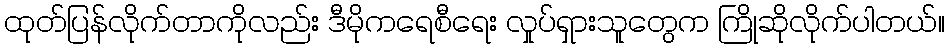
ထုတ်ပြန်လိုက်တာကိုလည်း ဒီမိုကရေစီရေး လှုပ်ရှားသူတွေက ကြိုဆိုလိုက်ပါတယ်။